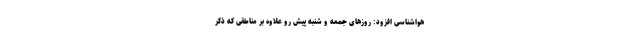
هواشناسی افزود: روزهای جمعه و شنبه پیشِ رو علاوه بر مناطقی که ذکر